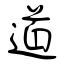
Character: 道